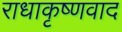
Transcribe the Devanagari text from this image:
राधाकृष्णवाद